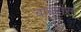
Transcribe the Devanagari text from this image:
बाबरास